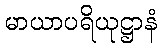
မာယာပရိယုဋ္ဌာနံ